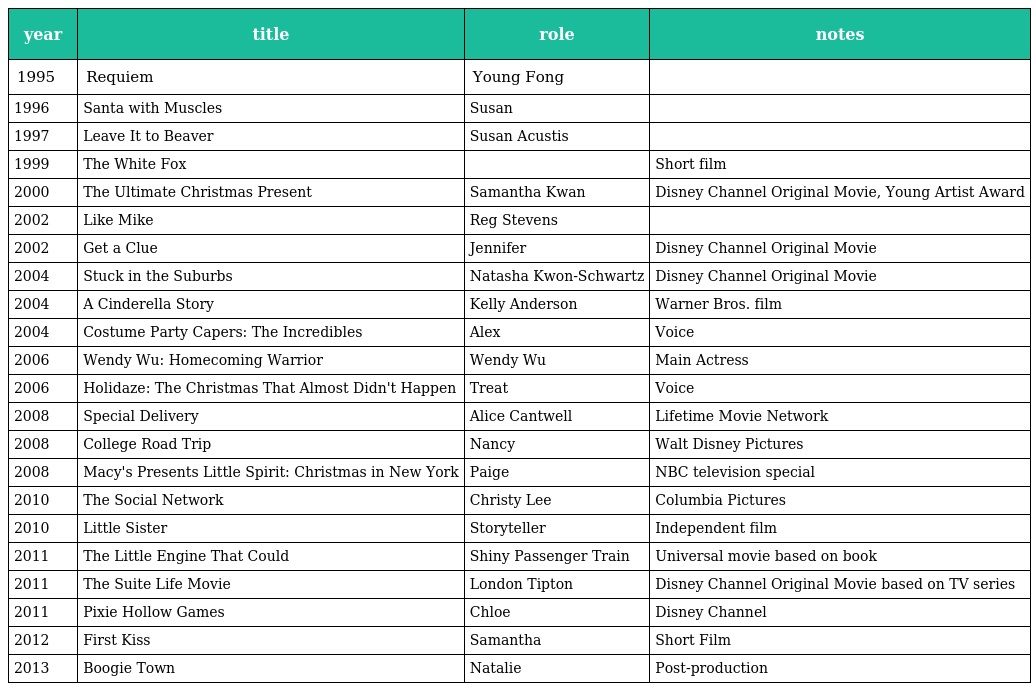
| year | title | role | notes |
 | --- | --- | --- | --- |
 | 1995 | Requiem | Young Fong |  |
 | 1996 | Santa with Muscles | Susan |  |
 | 1997 | Leave It to Beaver | Susan Acustis |  |
 | 1999 | The White Fox |  | Short film |
 | 2000 | The Ultimate Christmas Present | Samantha Kwan | Disney Channel Original Movie, Young Artist Award |
 | 2002 | Like Mike | Reg Stevens |  |
 | 2002 | Get a Clue | Jennifer | Disney Channel Original Movie |
 | 2004 | Stuck in the Suburbs | Natasha Kwon-Schwartz | Disney Channel Original Movie |
 | 2004 | A Cinderella Story | Kelly Anderson | Warner Bros. film |
 | 2004 | Costume Party Capers: The Incredibles | Alex | Voice |
 | 2006 | Wendy Wu: Homecoming Warrior | Wendy Wu | Main Actress |
 | 2006 | Holidaze: The Christmas That Almost Didn't Happen | Treat | Voice |
 | 2008 | Special Delivery | Alice Cantwell | Lifetime Movie Network |
 | 2008 | College Road Trip | Nancy | Walt Disney Pictures |
 | 2008 | Macy's Presents Little Spirit: Christmas in New York | Paige | NBC television special |
 | 2010 | The Social Network | Christy Lee | Columbia Pictures |
 | 2010 | Little Sister | Storyteller | Independent film |
 | 2011 | The Little Engine That Could | Shiny Passenger Train | Universal movie based on book |
 | 2011 | The Suite Life Movie | London Tipton | Disney Channel Original Movie based on TV series |
 | 2011 | Pixie Hollow Games | Chloe | Disney Channel |
 | 2012 | First Kiss | Samantha | Short Film |
 | 2013 | Boogie Town | Natalie | Post-production |